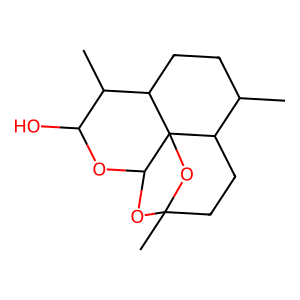
SMILES: CC1CCC2C(C)C(O)OC3OC4(C)CCC1C32O4
Inhibits HIV replication: No